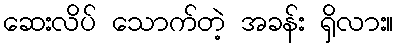
ဆေးလိပ် သောက်တဲ့ အခန်း ရှိလား။